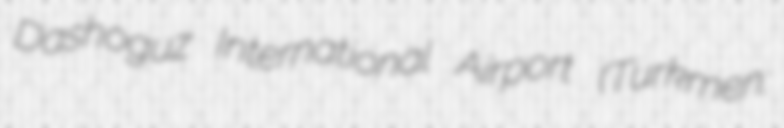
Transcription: Dashoguz International Airport (Turkmen: